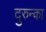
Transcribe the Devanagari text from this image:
दुरुन्का